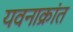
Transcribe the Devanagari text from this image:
यवनाक्रांत